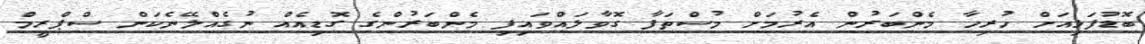
ބޮޑުފަޅިއަށް ހުރިހާ މެންބަރުން އެރުމަށް މުސްތަފާ ގޮވާލައްވައިފި މެންބަރުންގެ ގޮޑިއެއް ނުގެއްލޭނެކަން ސްޕްރީމް